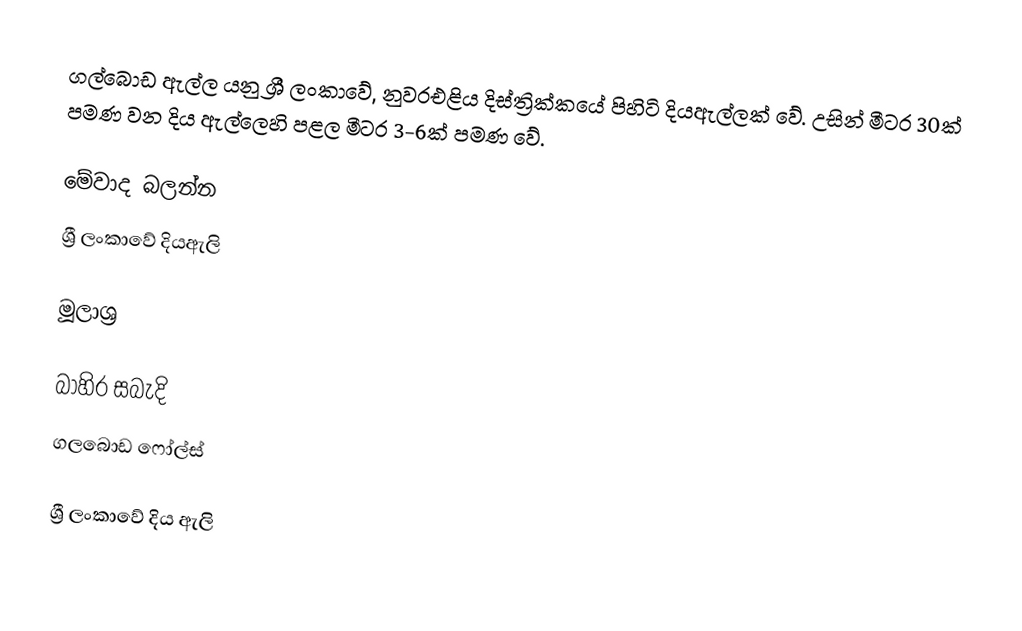
ගල්බොඩ ඇල්ල යනු ශ්‍රී ලංකාවේ, නුවරඑළිය දිස්ත්‍රික්කයේ පිහිටි දියඇල්ලක් වේ. උසින් මීටර 30ක් පමණ වන දිය ඇල්ලෙහි පළල මීටර 3-6ක් පමණ වේ.

මේවාද බලන්න
 ශ්‍රී ලංකාවේ දියඇලි

මූලාශ්‍ර

බාහිර සබැදි
 ගලබොඩ ෆෝල්ස්

ශ්‍රී ලංකාවේ දිය ඇලි